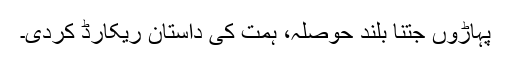
پہاڑوں جتنا بلند حوصلہ، ہمت کی داستان ریکارڈ کردی۔